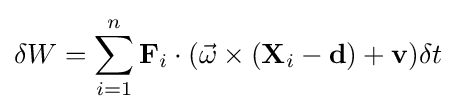
\delta W=\sum _{i=1}^{n}\mathbf {F} _{i}\cdot ({\vec {\omega }}\times (\mathbf {X} _{i}-\mathbf {d} )+\mathbf {v} )\delta t